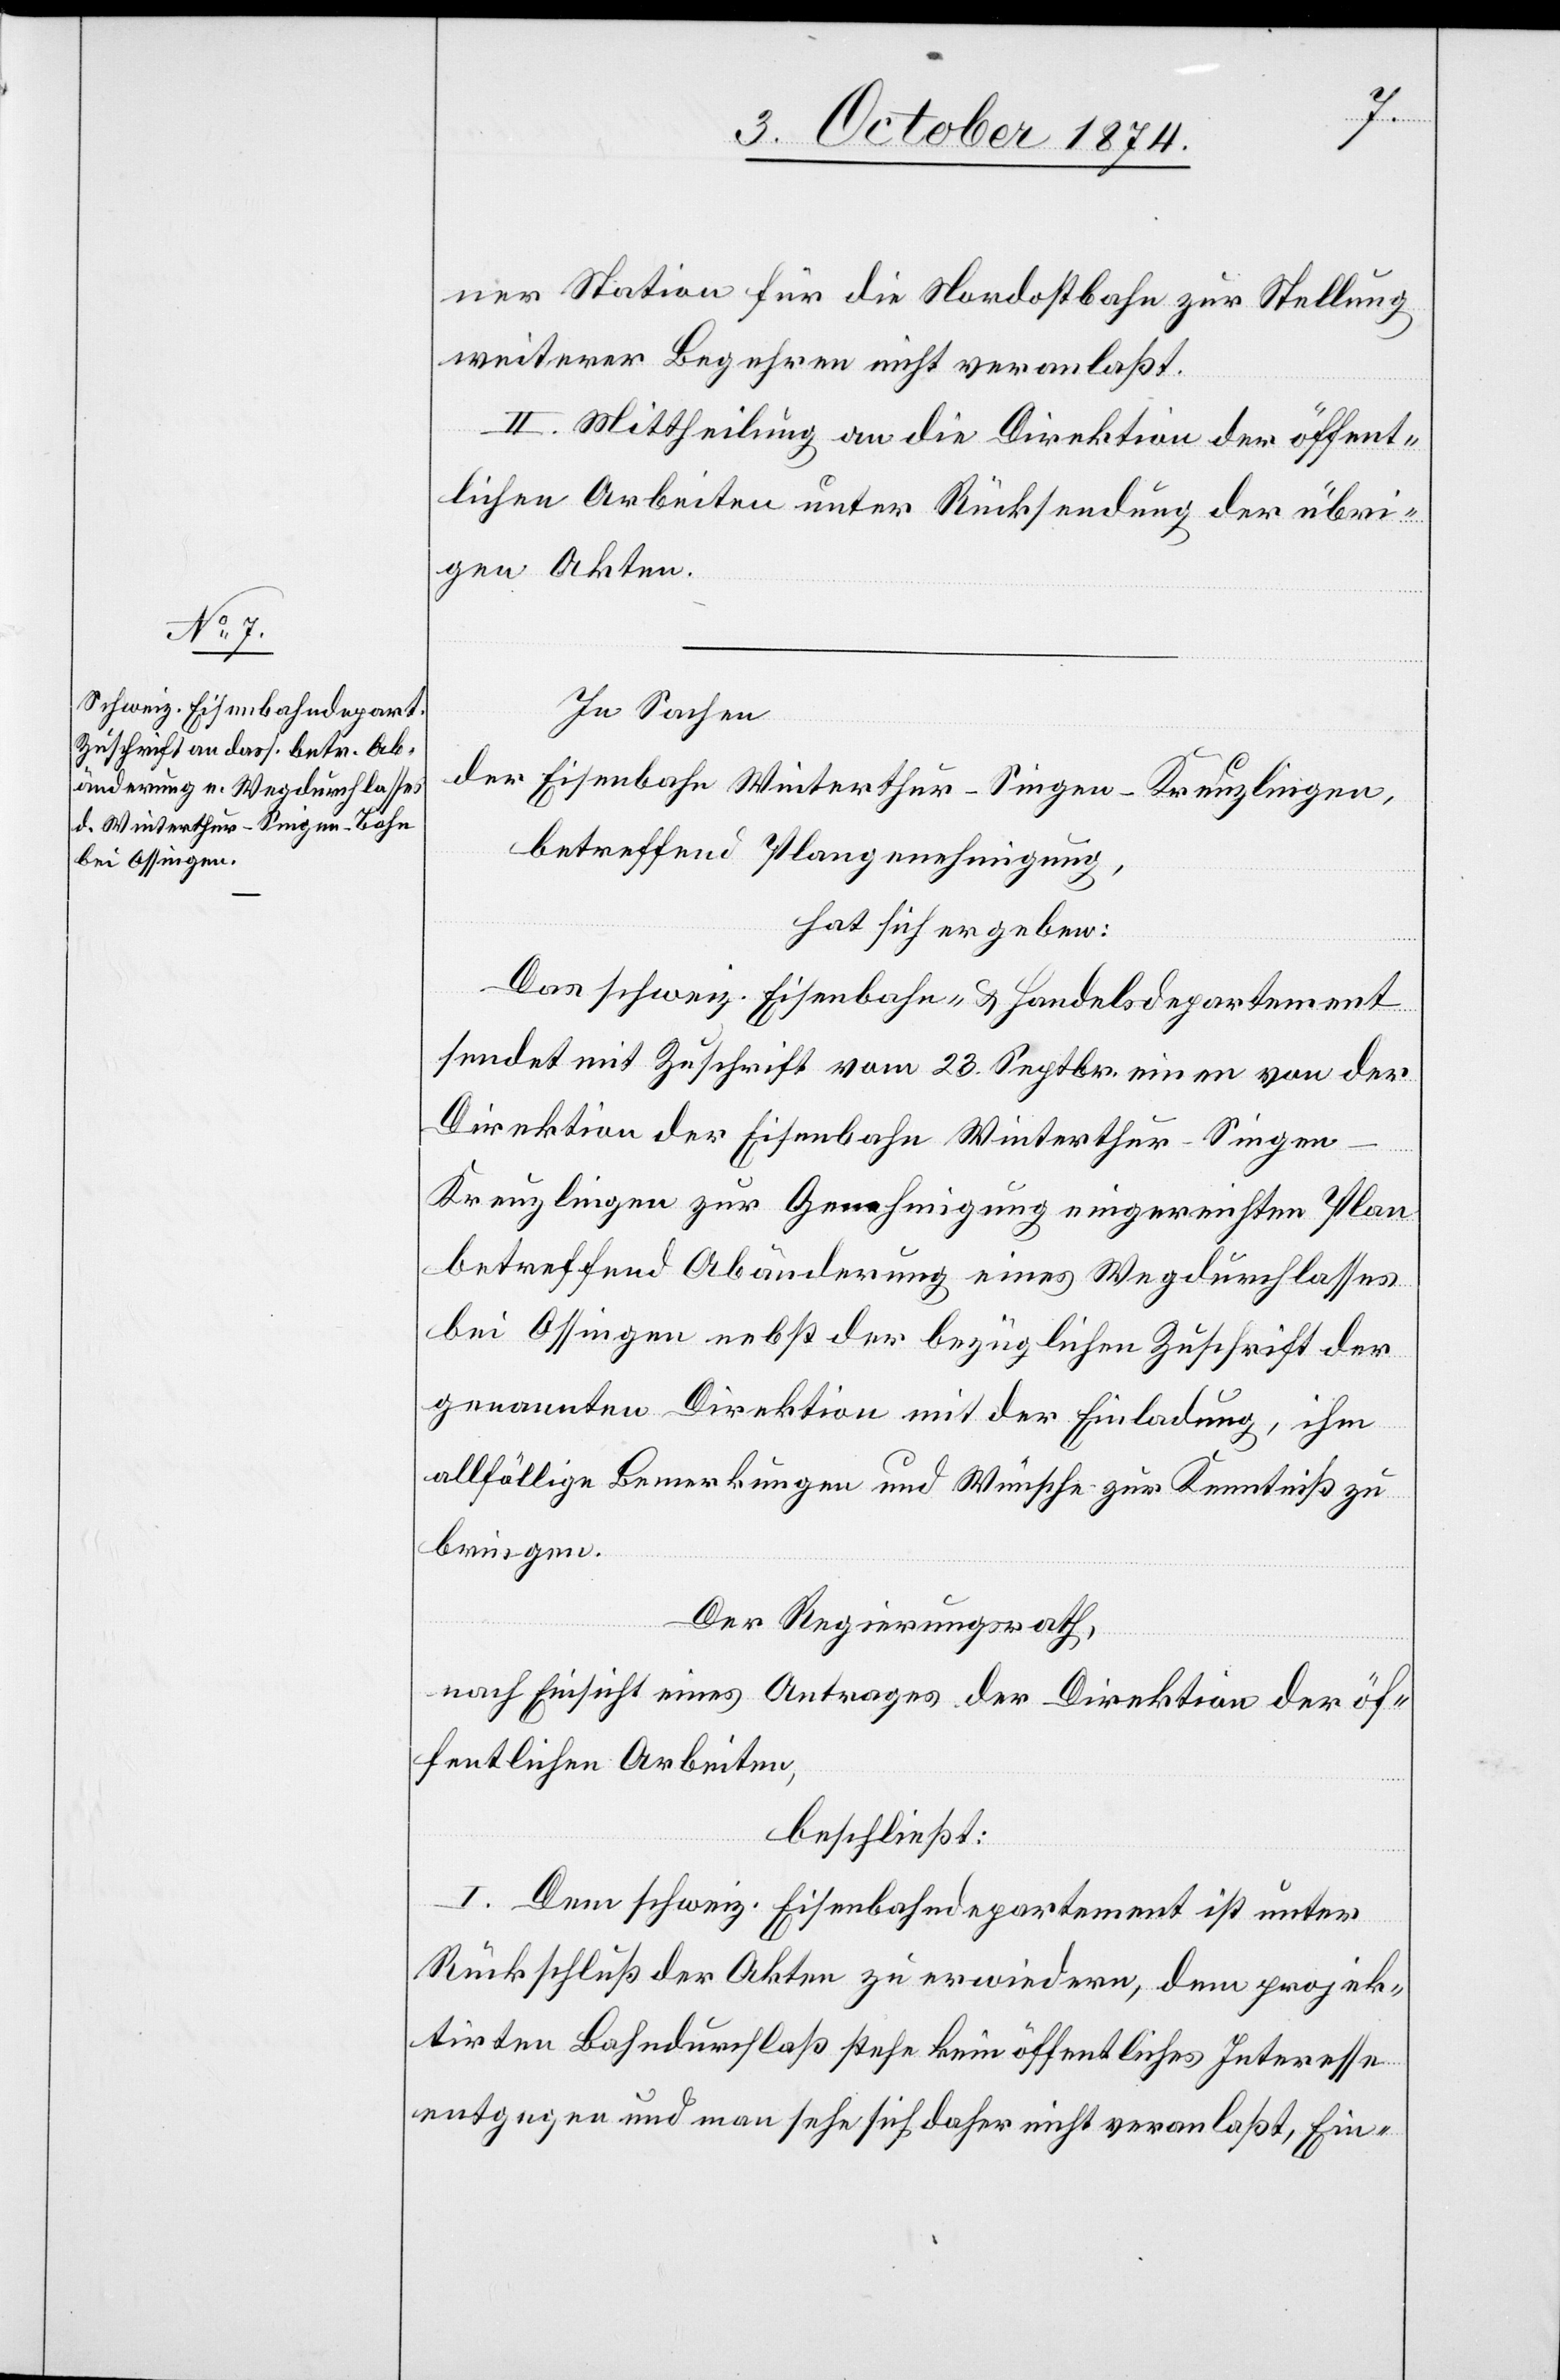
ner Station für die Nordostbahn zur Stellung
weiterer Begehren nicht veranlaßt.
II. Mittheilung an die Direktion der öffent¬
lichen Arbeiten unter Rücksendung der übri¬
gen Akten.
In Sachen
der Eisenbahn Winterthur–Singen–Kreuzlingen,
betreffend Plangenehmigung,
hat sich ergeben:
Das schweiz. Eisenbahn- & Handelsdepartement
sendet mit Zuschrift vom 23. Septbr. einen von der
Direktion der Eisenbahn Winterthur–Singen–K¬
reuzlingen zur Genehmigung eingereichten Plan
betreffend Abänderung eines Wegdurchlasses
bei Ossingen nebst der bezüglichen Zuschrift der
genannten Direktion mit der Einladung, ihm
allfällige Bemerkungen und Wünsche zur Kenntniß zu
bringen.
Der Regierungsrath,
nach Einsicht eines Antrages der Direktion der öf¬
fentlichen Arbeiten,
beschließt:
I. Dem schweiz. Eisenbahndepartement ist unter
Rücksendung der Akten zu erwiedern, dem projek¬
tirten Bahndurchlaß stehe kein öffentliches Interesse
entgegen und man sehe sich daher nicht veranlaßt, Ein-